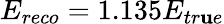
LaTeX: E_{reco}=1.135E_{tr\mathbf{u}e}